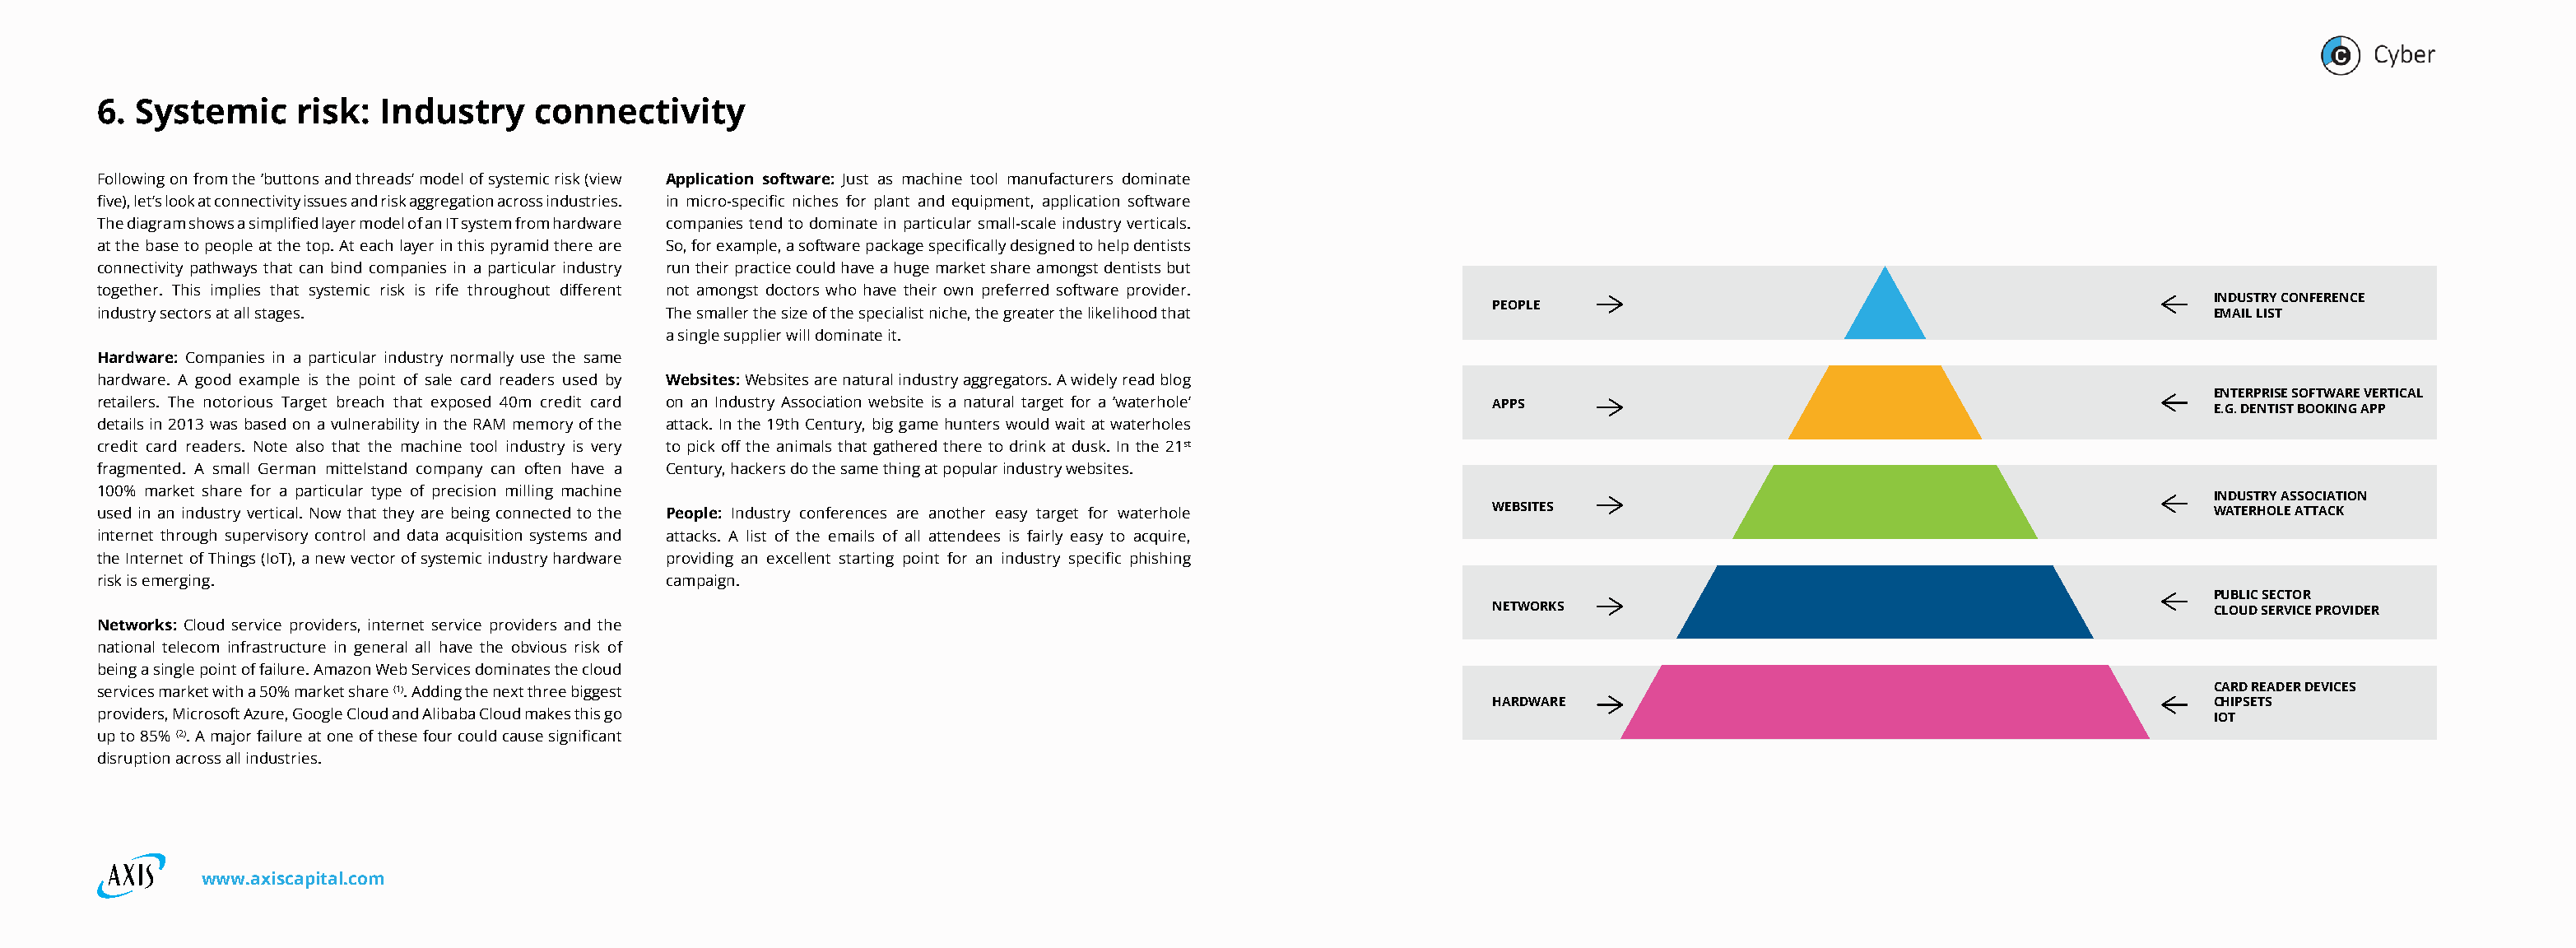
6. Systemic     risk:  Industry    connectivity
 Following on from the ‘buttons and threads’ model of systemic risk (view Application software: Just as machine tool manufacturers dominate
 five), let’s look at connectivity issues and risk aggregation across industries. in micro-specific niches for plant and equipment, application software
 The diagram shows a simplified layer model of an IT system from hardware companies tend to dominate in particular small-scale industry verticals.
 at the base to people at the top. At each layer in this pyramid there are So, for example, a software package specifically designed to help dentists
 connectivity pathways that can bind companies in a particular industry run their practice could have a huge market share amongst dentists but
 together. This implies that systemic risk is rife throughout different not amongst doctors who have their own preferred software provider.
 INDUSTRY CONFERENCE
 PEOPLE
 industry sectors at all stages.               The smaller the size of the specialist niche, the greater the likelihood that                                               EMAIL LIST
 a single supplier will dominate it.
 Hardware: Companies in a particular industry normally use the same
 hardware. A good example is the point of sale card readers used by Websites: Websites are natural industry aggregators. A widely read blog
 ENTERPRISE SOFTWARE VERTICAL
 retailers. The notorious Target breach that exposed 40m credit card on an Industry Association website is a natural target for a ‘waterhole’ APPS                         E.G. DENTIST BOOKING APP
 details in 2013 was based on a vulnerability in the RAM memory of the attack. In the 19th Century, big game hunters would wait at waterholes
 credit card readers. Note also that the machine tool industry is very to pick off the animals that gathered there to drink at dusk. In the 21st
 fragmented. A small German mittelstand company can often have a Century, hackers do the same thing at popular industry websites.
 100% market share for a particular type of precision milling machine
 INDUSTRY ASSOCIATION
 used in an industry vertical. Now that they are being connected to the People: Industry conferences are another easy target for waterhole WEBSITES                        WATERHOLE ATTACK
 internet through supervisory control and data acquisition systems and attacks. A list of the emails of all attendees is fairly easy to acquire,
 the Internet of Things (IoT), a new vector of systemic industry hardware providing an excellent starting point for an industry specific phishing
 risk is emerging.                             campaign.
 PUBLIC SECTOR
 NETWORKS                                                  CLOUD SERVICE PROVIDER
 Networks: Cloud service providers, internet service providers and the
 national telecom infrastructure in general all have the obvious risk of
 being a single point of failure. Amazon Web Services dominates the cloud
 services market with a 50% market share (1). Adding the next three biggest                                                                                                CARD READER DEVICES
 HARDWARE                                                  CHIPSETS
 providers, Microsoft Azure, Google Cloud and Alibaba Cloud makes this go                                                                                                  IOT
 up to 85% (2). A major failure at one of these four could cause significant
 disruption across all industries.
 www.axiscapital.com